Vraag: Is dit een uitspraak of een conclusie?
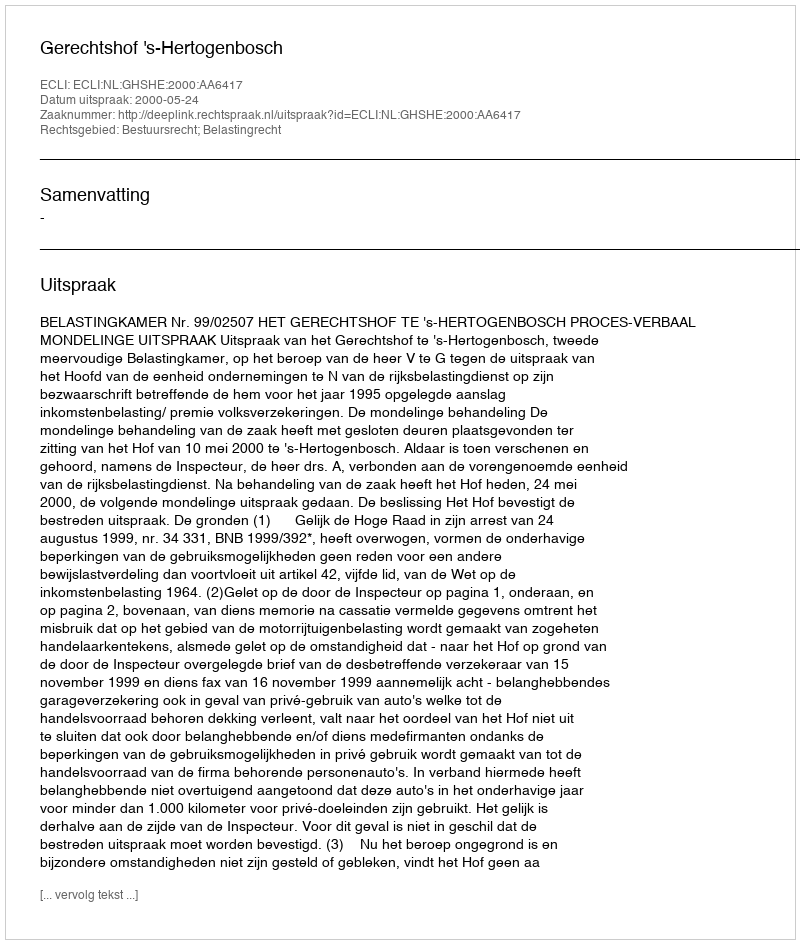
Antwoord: Uitspraak